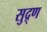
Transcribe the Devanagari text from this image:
सुद्र्ण